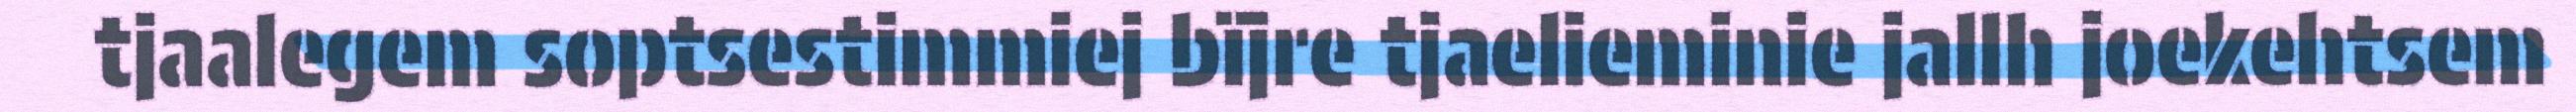
tjaalegem soptsestimmiej bïjre tjaelieminie jallh joekehtsem